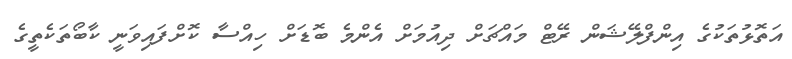
އަތޮޅުތަކުގެ އިންފްލޭޝަން ރޭޓް މައްޗަށް ދިއުމަށް އެންމެ ބޮޑަށް ހިއްސާ ކޮށްފައިވަނީ ކާބޯތަކެތީގެ